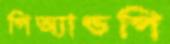
পিঅ্যান্ডপি